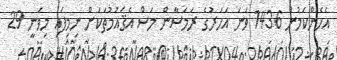
އެހެންކަމުން 1436 ވަނަ އަހަރުގެ ރަމަޟާން މަސް އެޤައުމުތަކަށް ނިމިފައި މިވަނީ 29